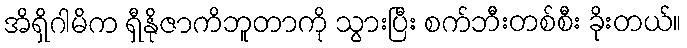
အိရှိဂါမိက ရှီနိုဇာကိဘူတာကို သွားပြီး စက်ဘီးတစ်စီး ခိုးတယ်။